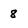
Character: 8